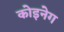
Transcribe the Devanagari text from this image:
कोइनेग